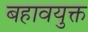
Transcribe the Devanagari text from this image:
बहावयुक्त